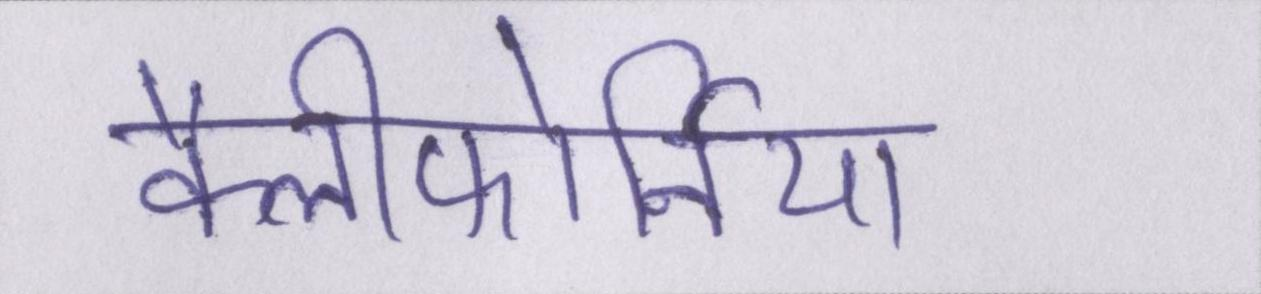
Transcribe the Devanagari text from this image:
कैलीफोर्निया